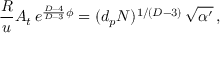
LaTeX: { \frac { \cal R } { u } } A _ { t } \, e ^ { { \frac { D - 4 } { D - 3 } } \phi } = ( d _ { p } N ) ^ { 1 / ( D - 3 ) } \, \sqrt { \alpha ^ { \prime } } \, ,